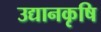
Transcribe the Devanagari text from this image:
उद्यानकृषि